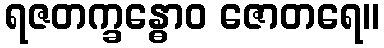
ရဇတက္ခန္ဓောဝ ဇောတရေ။